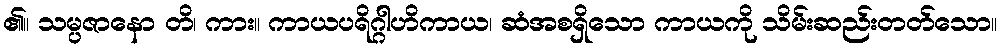
၏။ သမ္ပဇာနော တိ၊ ကား။ ကာယပရိဂ္ဂါဟိကာယ၊ ဆံအစရှိသော ကာယကို သိမ်းဆည်းတတ်သော။